65_HS1-834228961_62-HQ-83894_Serial_130
Agency: FBI
Page 115
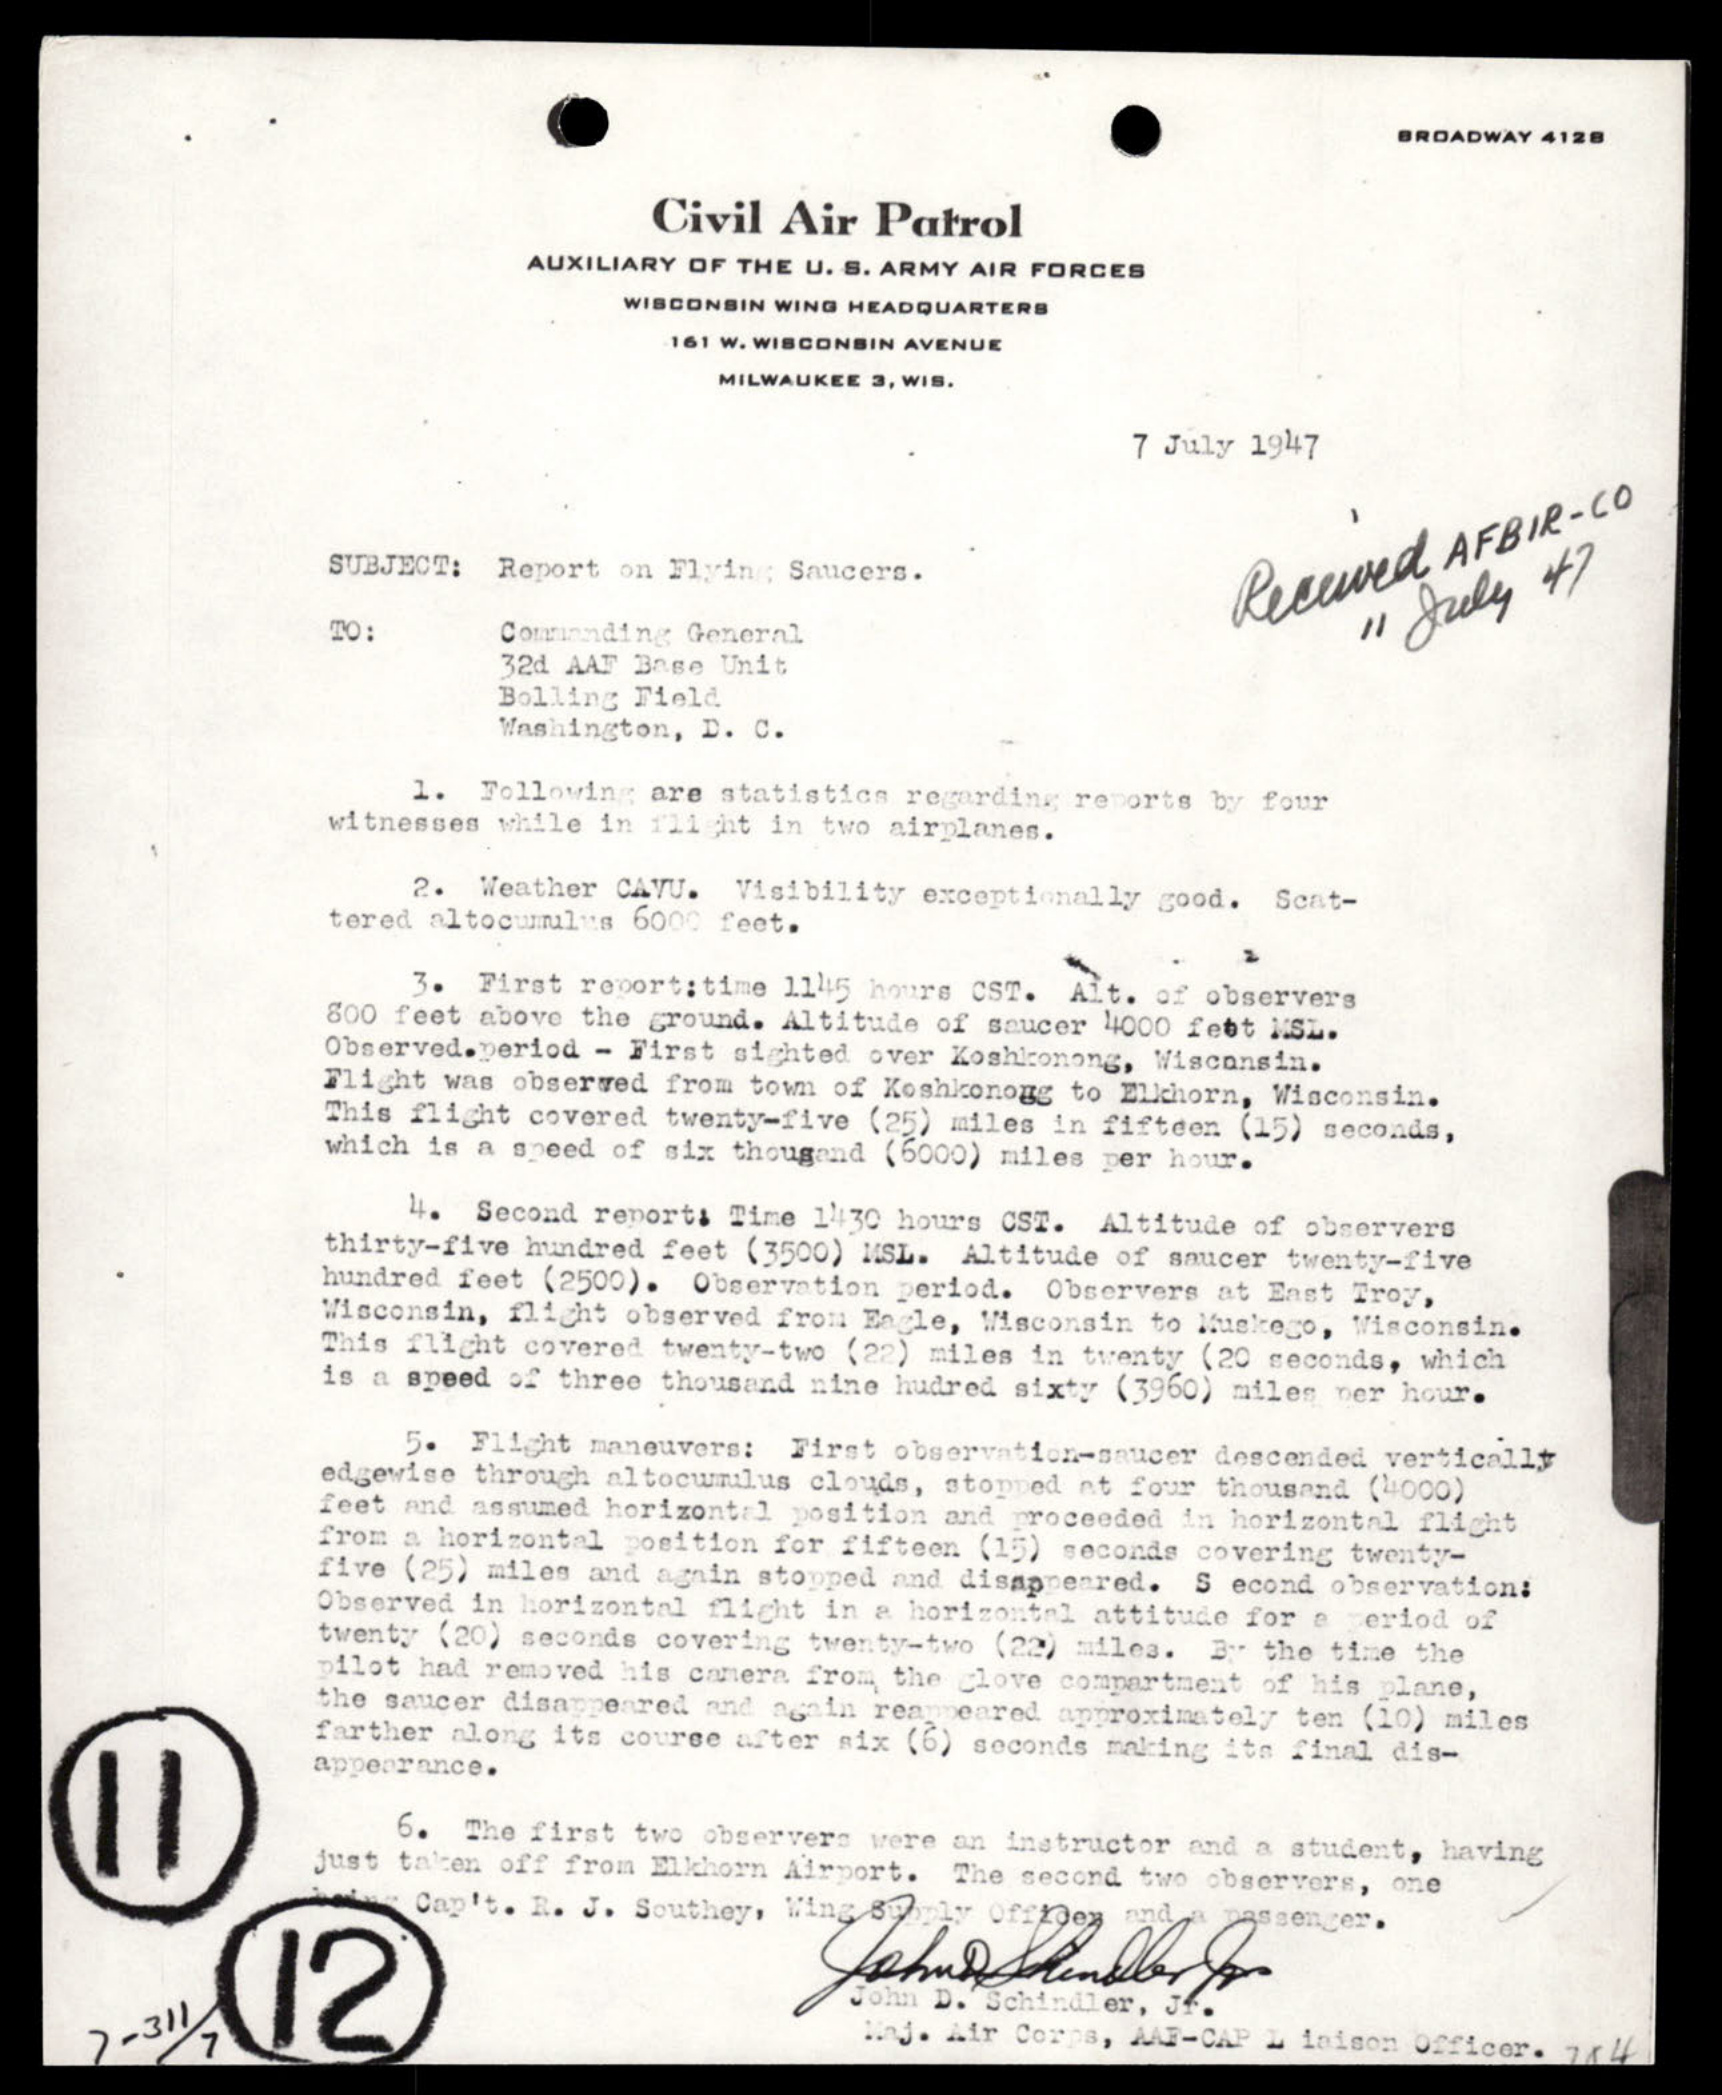